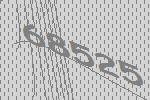
68525